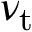
\nu _ { \mathrm { t } }